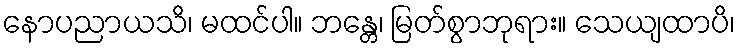
နောပညာယသိ၊ မထင်ပါ။ ဘန္တေ၊ မြတ်စွာဘုရား။ သေယျထာပိ၊